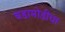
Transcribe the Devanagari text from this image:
घडामोडीचा